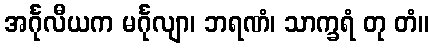
အင်္ဂုလီယက မင်္ဂုလျာ၊ ဘရဏံ၊ သာက္ခရံ တု တံ။